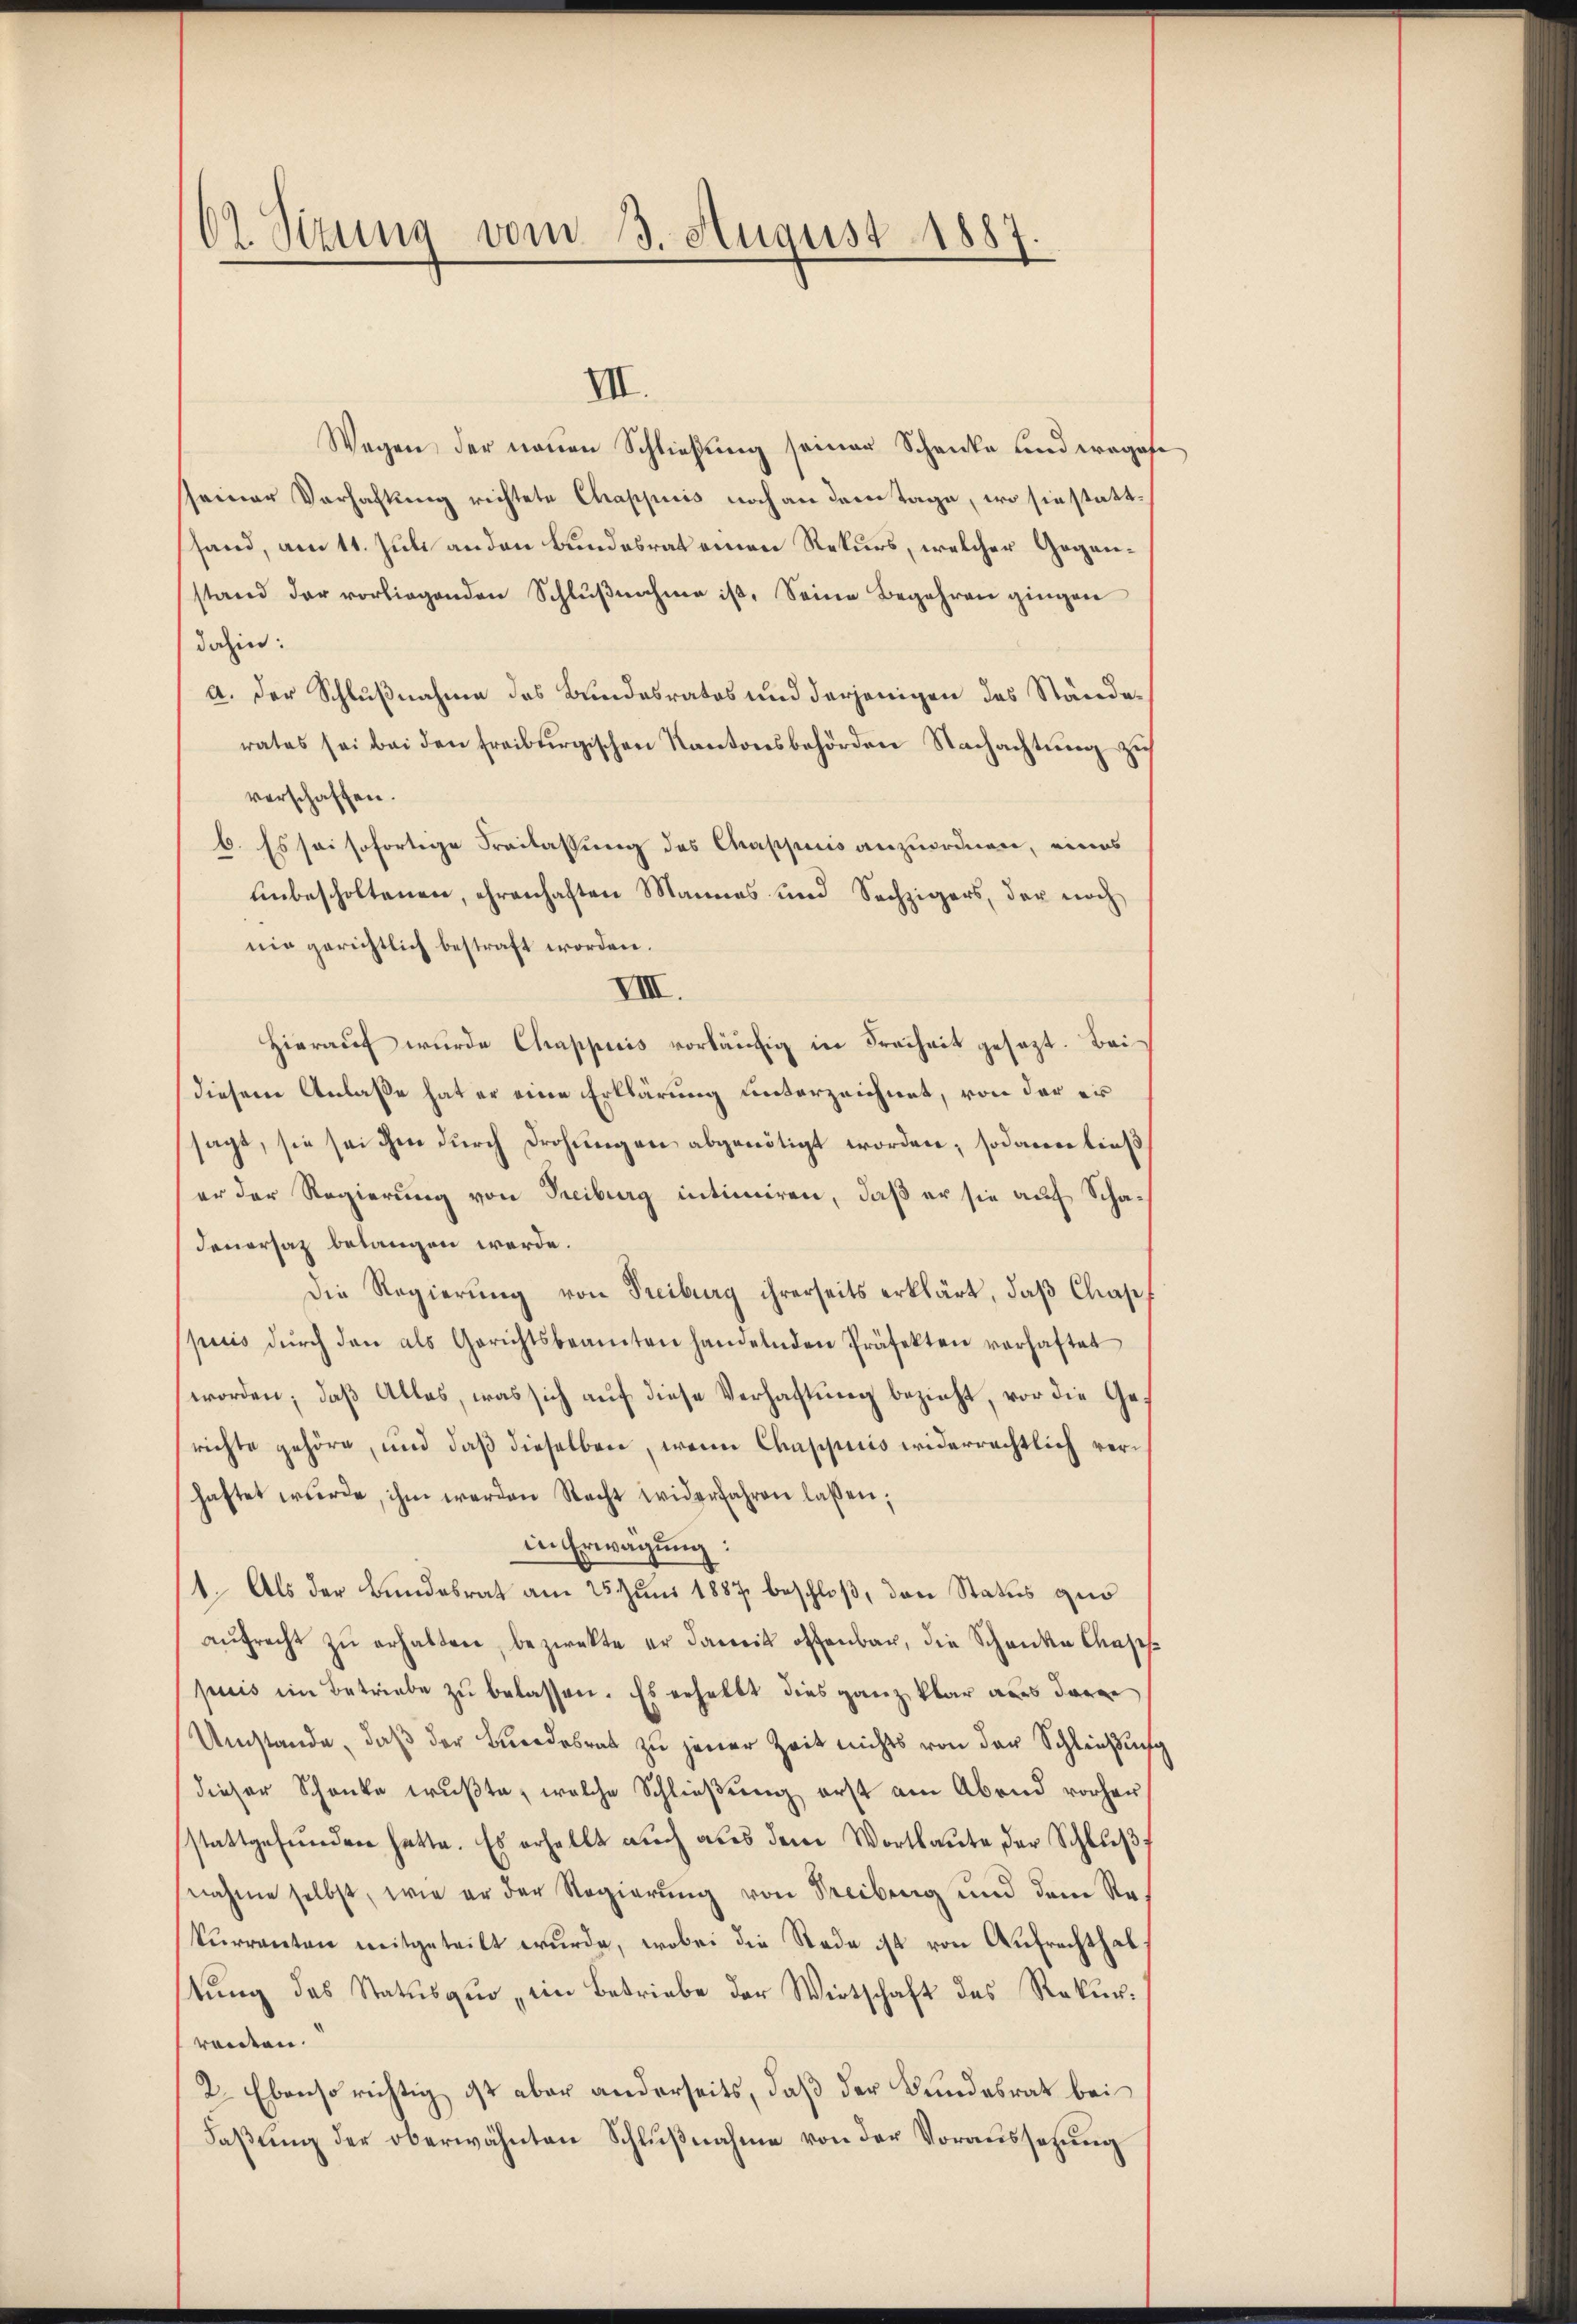
O Sizung vom 3. August 1887.

III.
Wegen der neuen Schließung seiner Schanke und wegese
sseiner Verhaftung richtete Chappiis noch an dem Tage, wo sie stattfand, am 11. Juli anden Bundesrat einen Rekurs, welcher Gegenstand der vorliegenden Schlŭβnahme ist. Seine Begehren gingen
dahin:
A. Der Schlußnahme des Bundesrates und derjenigen das Ständerates sei bei den freiburgischen Kantonsbehörden Nachachtung zu
verschaffen.
6. Es sei sofortige Freilassung des Chappuis anzuordnen, eines
unbescholtenen, ehrenhaften Mannes und Sechzigers, der noch
nie gerichtlich bestraft worden.
VIII.
Hieraŭf wŭrde Chappiris vorläŭfig in Freiheit gesezt. Bei
diesem Anlaße hat er eine Erklärung unterzeichnet, von der er
sagt, sie sei ihm durch Drohungen abgenötigt worden; sodann ließ
er der Regierung von Freiburg intimiren, daß er sie auf Scha¬
Feuersaz belangen werde.
Die Regierung von Freiburg ihrerseits erklärt, daß Chas
priis dŭrch den als Gerichtsbeamten handelnden Präfekten vorhaftet
worden; daß Alles, was sich auf diese Verhaftung bezieht, vor die Gerichte gehöre, und daß dieselben, wenn Chappiis widerrechtlich verhaftet wŭrde, ihm werden Recht widerfahren laßen;
in Erwägung:
1. Als der Bundesrat am 25. Juni 1887 beschloß, den Status quo
aŭfrecht zŭ erhalten, bezwekte er damit offenbar, die Schanken Cases
puis im Betriebe zu belassen. Es erhalbt dies ganz klar aus deren
Umstände, daß der Bundesrat zu jener Zeit nichts von der Schließung
dieser Schanke wußte, welche Schließung erst am Abend vorher
stattgefŭnden hatte. Es erhalbt auch aus dem Wortlaute der Schlŭβ
nahme selbst, wie er der Regierŭng von Freibung und dem Re-
kŭrrenten mitgeteilt wŭrde, wobei die Rede ist von Aufrecht hab
tung des Status quo ein Betriebe der Wirtschaft des Rekurrouten.
2. Ebenso richtig ist aber anderseits, daß der Bundesrat bei
Faßung der oberwähnten Schlußnahme von der Voraussetzung